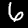
Label: 6